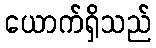
ယောက်ရှိသည်